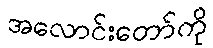
အလောင်းတော်ကို